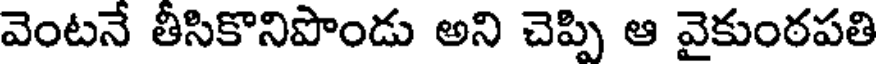
వెంటనే తీసికొనిపొండు అని చెప్పి ఆ వైకుంఠపతి